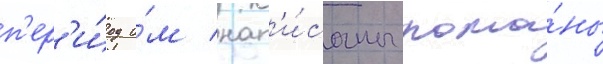
п'ер'и́од и́м нап'и́саны рома́ны